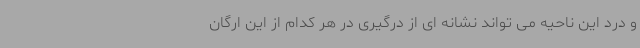
و درد این ناحیه می تواند نشانه ای از درگیری در هر کدام از این ارگان